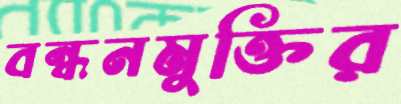
বন্ধনমুক্তির